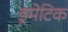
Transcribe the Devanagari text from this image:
ड्रमेटिक